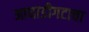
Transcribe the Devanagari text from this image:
आघाडीगटाचा